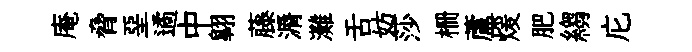
庵脅堊遹中翺藤漘灘舌妨莎栅蘆煖肥縐庀